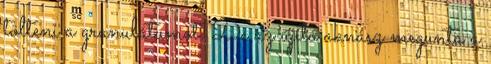
tölteni a granulátumot. De az újító aknász megunta a